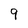
Character: 9